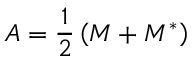
A = { \frac { 1 } { 2 } } \left( M + M ^ { * } \right)